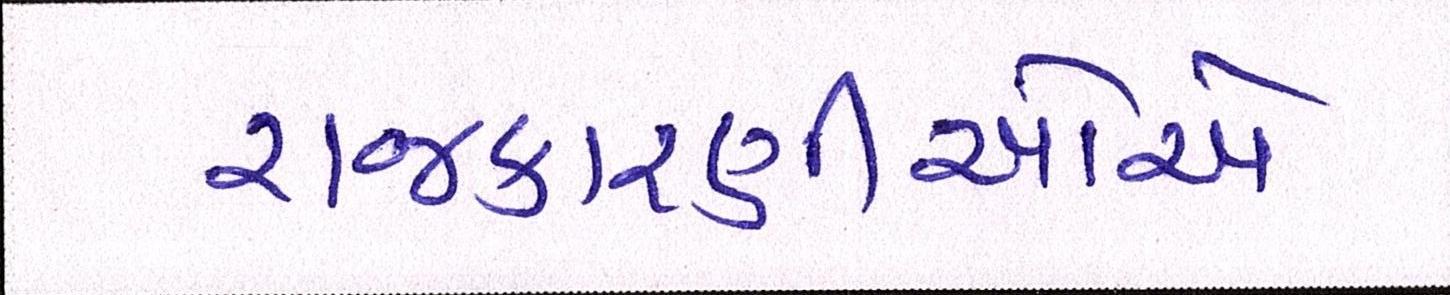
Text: રાજકારણીઓએ